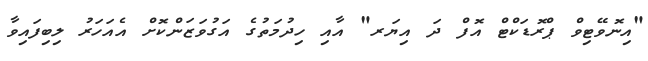
"އިނޮވޭޓިވް ޕްރޮޑަކްޓް އޮފް ދަ އިޔަރ" އާއި ހިދުމަތުގެ އަގުވަޒަންކޮށް އެއަހަރު ލިބިފައިވާ